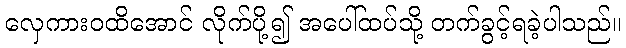
လှေကားဝထိအောင် လိုက်ပို့၍ အပေါ်ထပ်သို့ တက်ခွင့်ရခဲ့ပါသည်။